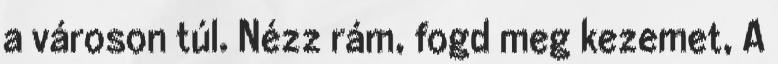
a városon túl. Nézz rám, fogd meg kezemet, A